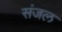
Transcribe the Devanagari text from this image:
संजल